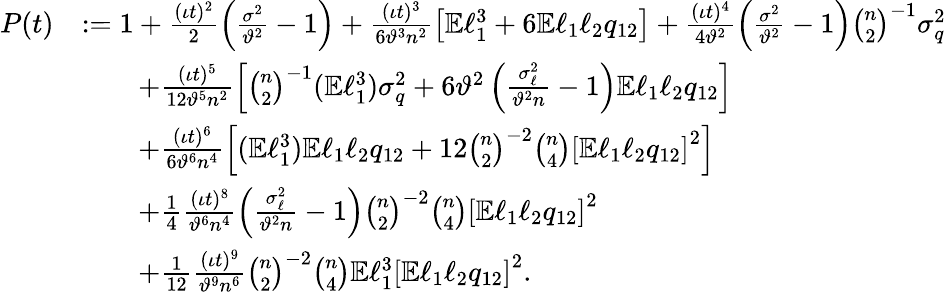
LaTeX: \begin{array}{rl}{P(t)}&{:=1+\frac{(\iota t)^{2}}{2}\left(\frac{\sigma^{2}}{\vartheta^{2}}-1\right)+\frac{(\iota t)^{3}}{6\vartheta^{3}n^{2}}\left[\mathbb{E}\ell_{1}^{3}+6\mathbb{E}\ell_{1}\ell_{2}q_{12}\right]+\frac{(\iota t)^{4}}{4\vartheta^{2}}\left(\frac{\sigma^{2}}{\vartheta^{2}}-1\right)\binom{n}{2}^{-1}\sigma_{q}^{2}}\\ &{\qquad+\frac{(\iota t)^{5}}{12\vartheta^{5}n^{2}}\left[\binom{n}{2}^{-1}(\mathbb{E}\ell_{1}^{3})\sigma_{q}^{2}+6\vartheta^{2}\left(\frac{\sigma_{\ell}^{2}}{\vartheta^{2}n}-1\right)\mathbb{E}\ell_{1}\ell_{2}q_{12}\right]}\\ &{\qquad+\frac{(\iota t)^{6}}{6\vartheta^{6}n^{4}}\left[(\mathbb{E}\ell_{1}^{3})\mathbb{E}\ell_{1}\ell_{2}q_{12}+12\binom{n}{2}^{-2}\binom{n}{4}\left[\mathbb{E}\ell_{1}\ell_{2}q_{12}\right]^{2}\right]}\\ &{\qquad+\frac{1}{4}\frac{(\iota t)^{8}}{\vartheta^{6}n^{4}}\left(\frac{\sigma_{\ell}^{2}}{\vartheta^{2}n}-1\right)\binom{n}{2}^{-2}\binom{n}{4}\left[\mathbb{E}\ell_{1}\ell_{2}q_{12}\right]^{2}}\\ &{\qquad+\frac{1}{12}\frac{(\iota t)^{9}}{\vartheta^{9}n^{6}}\binom{n}{2}^{-2}\binom{n}{4}\mathbb{E}\ell_{1}^{3}\left[\mathbb{E}\ell_{1}\ell_{2}q_{12}\right]^{2}.}\end{array}